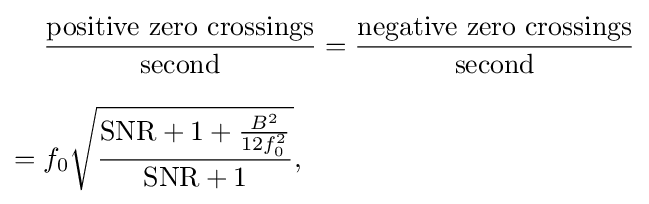
{\begin{aligned}&{\frac {\text{positive zero crossings}}{\text{second}}}={\frac {\text{negative zero crossings}}{\text{second}}}\\[8pt]={}&f_{0}{\sqrt {\frac {{\text{SNR}}+1+{\frac {B^{2}}{12f_{0}^{2}}}}{{\text{SNR}}+1}}},\end{aligned}}